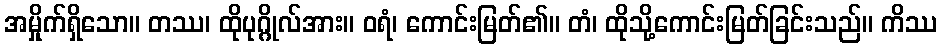
အမှိုက်ရှိသော။ တဿ၊ ထိုပုဂ္ဂိုလ်အား။ ဝရံ၊ ကောင်းမြတ်၏။ တံ၊ ထိုသို့ကောင်းမြတ်ခြင်းသည်။ ကိဿ